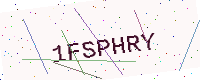
Text: 1FSPHRY